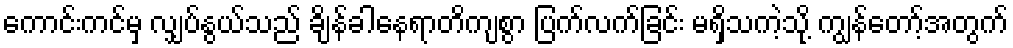
ကောင်းကင်မှ လျှပ်နွယ်သည် ချိန်ခါနေရာတိကျစွာ ပြက်လက်ခြင်း မရှိသကဲ့သို့ ကျွန်တော့်အတွက်